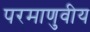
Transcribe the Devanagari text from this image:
परमाणुवीय